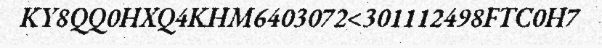
KY8QQ0HXQ4KHM6403072<301112498FTC0H7